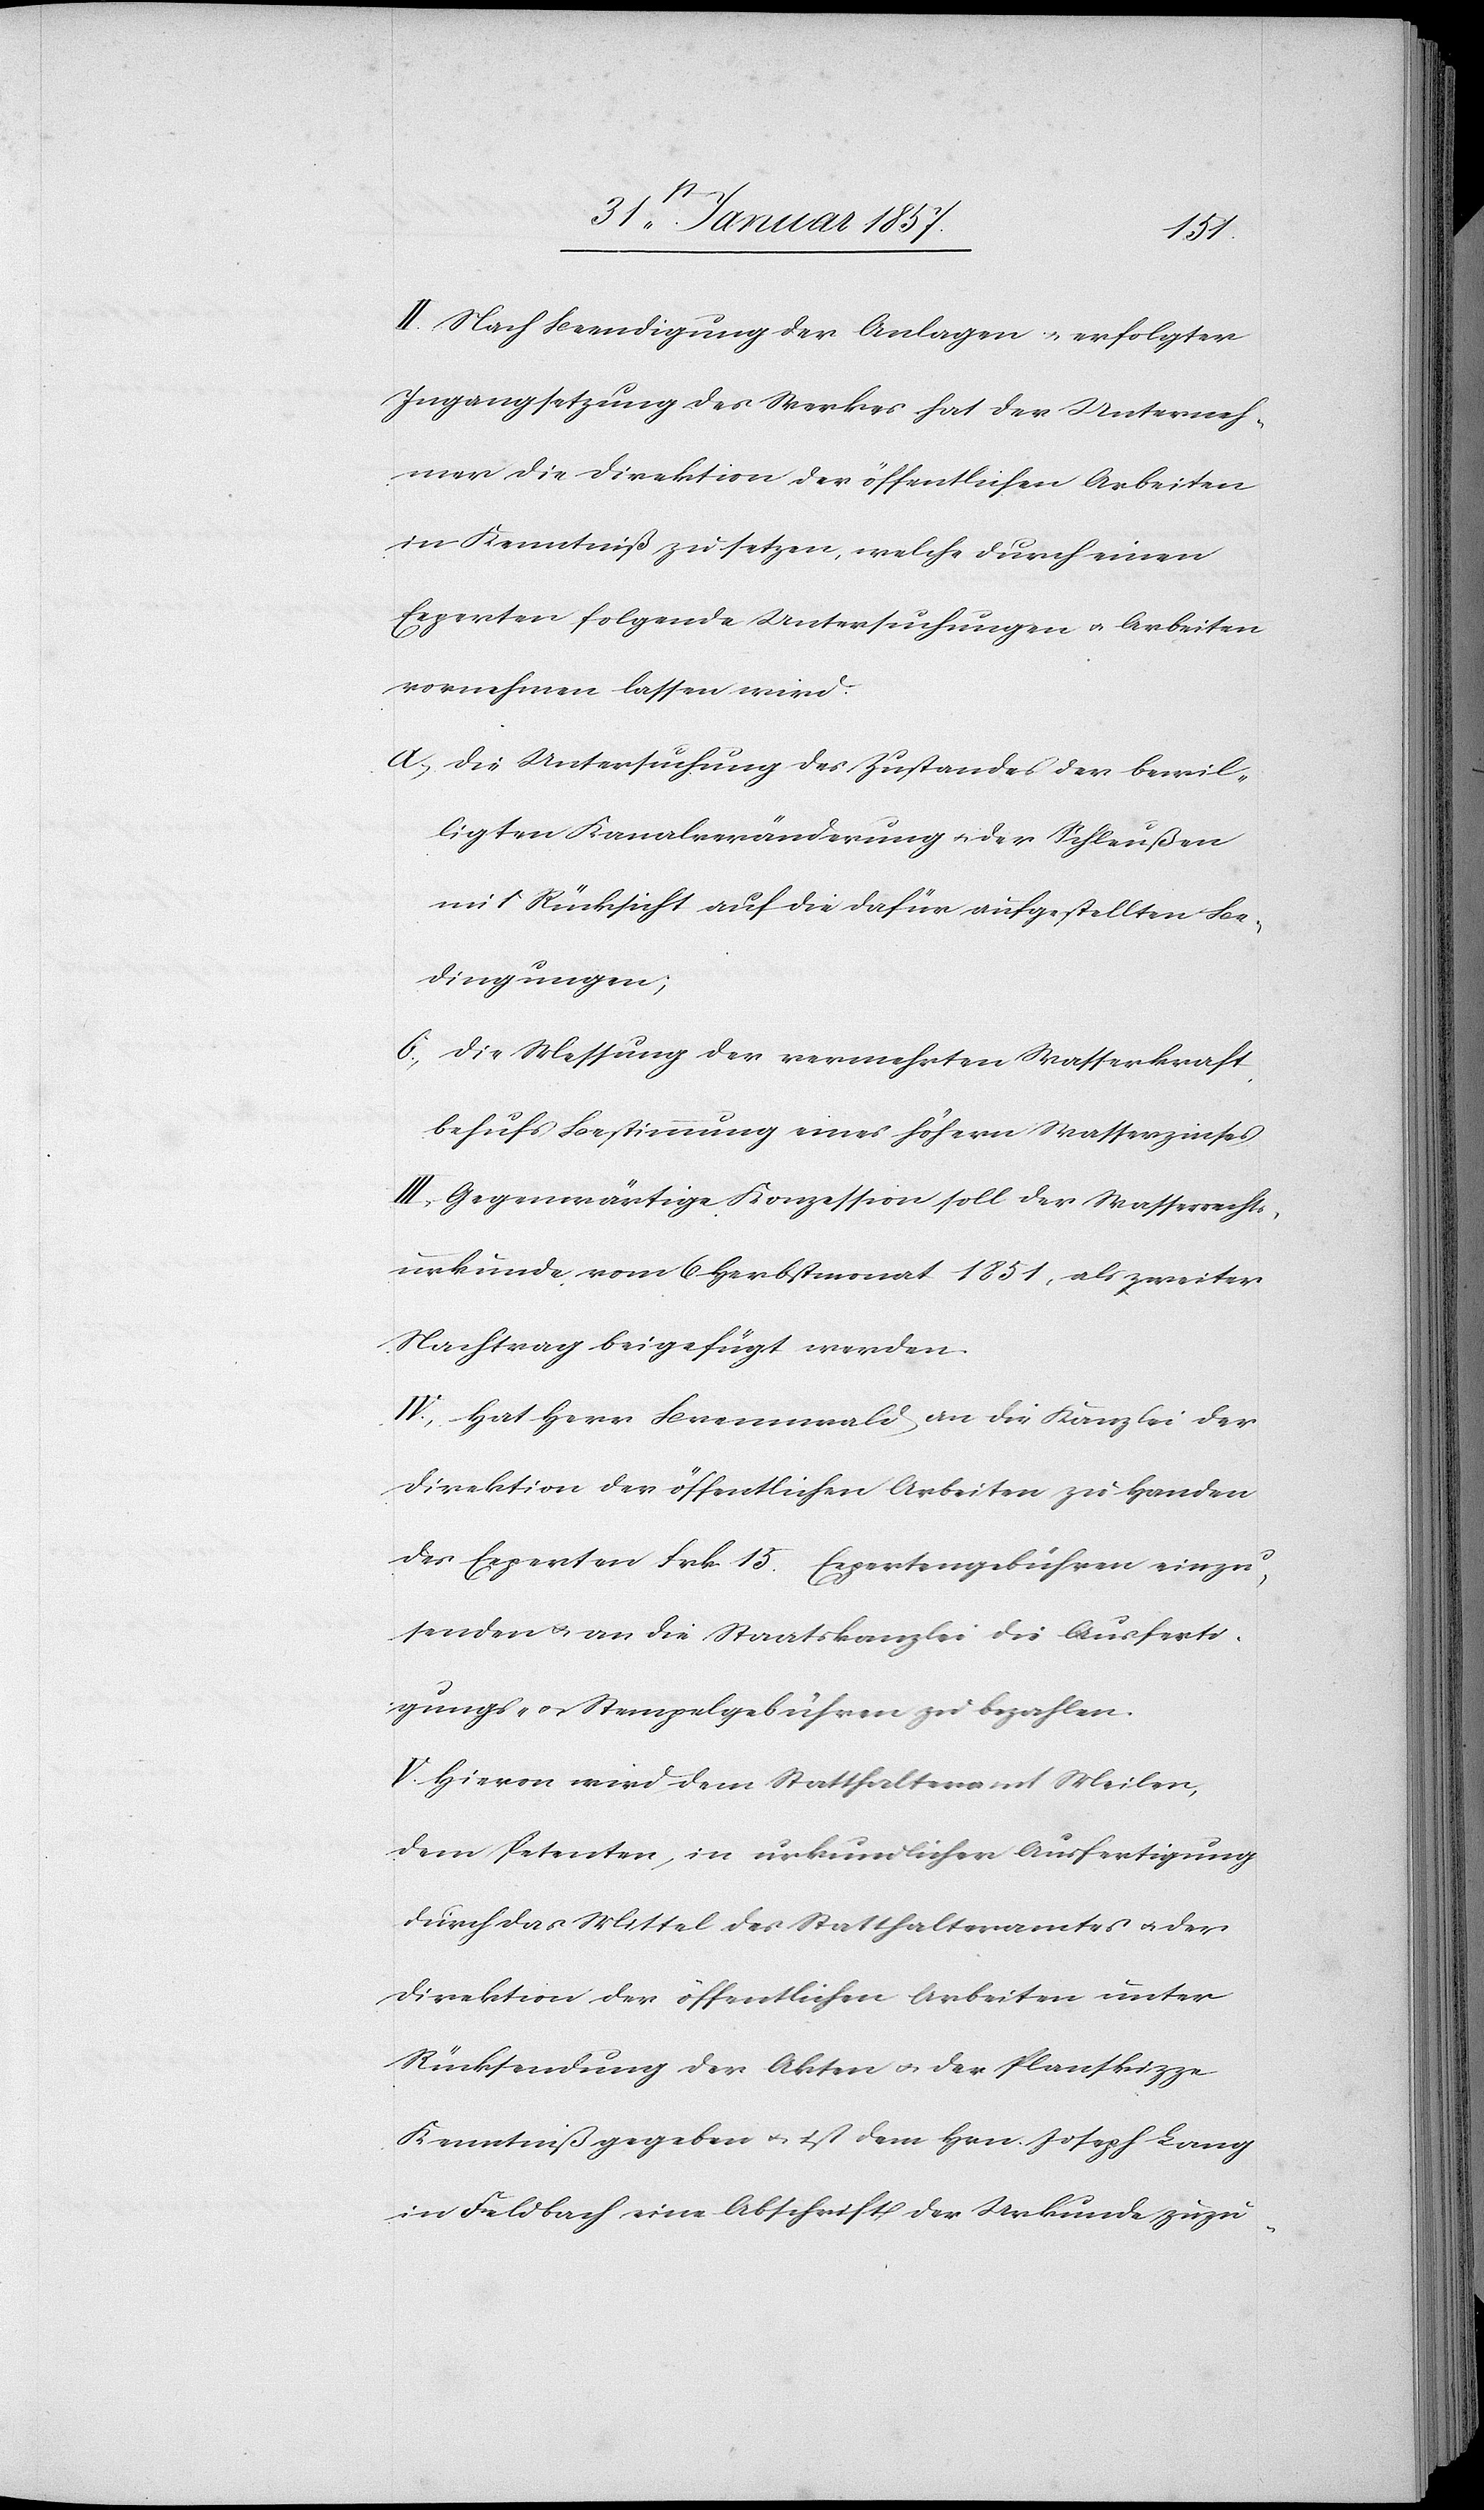
II. Nach Beendigung der Anlagen u. erfolgter
Ingangsetzung des Werkes hat der Unterneh¬
mer die Direktion der öffentlichen Arbeiten
in Kenntniß zu setzen, welche durch einen
Experten folgende Untersuchungen u. Arbeiten
vornehmen lassen wird:
a, Die Untersuchung des Zustandes der bewil¬
ligten Kanalveränderungen u. der Schleußen
mit Rücksicht auf die dafür aufgestellten Be¬
dingungen;
b, Die Messung der vermehrten Wasserkraft
behufs Bestimmung eines höhern Wasserzinses.
III. Gegenwärtige Konzession soll der Wasserrechtes¬
urkunde vom 6 Herbstmonat 1851, als zweiter
Nachtrag beigefügt werden.
IV. Hat Herr Brennwald an die Kanzlei der
Direktion der öffentlichen Arbeiten zu Handen
des Experte Frk. 15 Expertengebühren einzu¬
senden & an die Staatskanzlei die Ausferti¬
gungs- u. Stempelgebühren zu bezahlen.
V. Hievon wird dem Statthalteramt Meilen,
dem Petenten, in urkundlicher Ausfertigung
durch das Mittel des Statthalteramtes & der
Direktion der öffentlichen Arbeiten unter
Rücksendung der Akten u. der Planskizze
Kenntniß gegeben & ist dem Hrn. Joseph Lang
in Feldbach eine Abschrift der Urkunde zuzu-